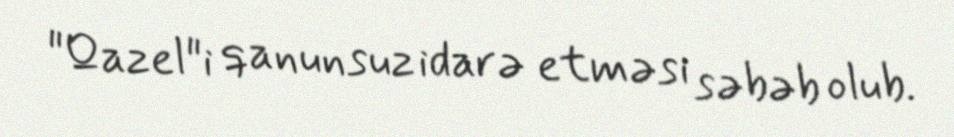
"Qazel"i qanunsuz idarə etməsi səbəb olub.